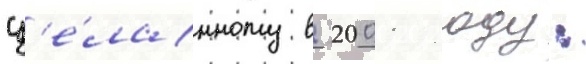
сд'е́ланному в 2001 году: